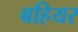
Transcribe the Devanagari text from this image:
बहियर